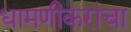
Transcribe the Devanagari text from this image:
धामणीकरांचा